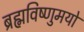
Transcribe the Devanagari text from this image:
ब्रह्मविष्णुमयो